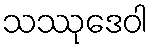
သဿုဒေဝါ